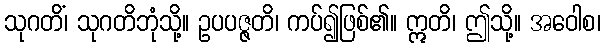
သုဂတိံ၊ သုဂတိဘုံသို့။ ဥပပဇ္ဇတိ၊ ကပ်၍ဖြစ်၏။ ဣတိ၊ ဤသို့။ အဝေါစ၊